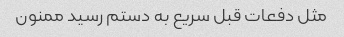
مثل دفعات قبل سریع به دستم رسید ممنون